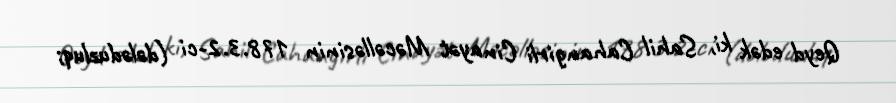
Qeyd edək ki, Sahil Cahangirli Cinayət Məcəlləsinin 178.3.2-ci (dələduzluq;